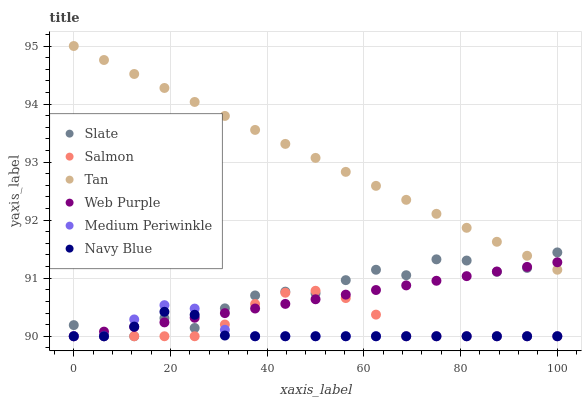
| xaxis_label | Slate | Salmon | Tan | Web Purple | Medium Periwinkle | Navy Blue |
 | --- | --- | --- | --- | --- | --- | --- |
 | 0 | 90.2 | 90 | 95 | 90 | 90 | 90 |
 | 6.25 | 90 | 90 | 94.8 | 90.1 | 90 | 90 |
 | 12.5 | 90 | 90 | 94.5 | 90.2 | 90.3 | 90.2 |
 | 18.8 | 90.3 | 90 | 94.3 | 90.2 | 90.5 | 90.4 |
 | 25 | 90.1 | 90 | 94 | 90.3 | 90.5 | 90.4 |
 | 31.2 | 90.5 | 90.2 | 93.8 | 90.4 | 90.1 | 90 |
 | 37.5 | 90.7 | 90.6 | 93.6 | 90.5 | 90 | 90 |
 | 43.8 | 90.8 | 90.7 | 93.3 | 90.6 | 90 | 90 |
 | 50 | 90.7 | 90.8 | 93.1 | 90.6 | 90 | 90 |
 | 56.2 | 91 | 90.7 | 92.8 | 90.7 | 90 | 90 |
 | 62.5 | 91.1 | 90.4 | 92.6 | 90.8 | 90 | 90 |
 | 68.8 | 91.1 | 90 | 92.4 | 90.9 | 90 | 90 |
 | 75 | 91.3 | 90 | 92.1 | 91 | 90 | 90 |
 | 81.2 | 91.3 | 90 | 91.9 | 91 | 90 | 90 |
 | 87.5 | 91.1 | 90 | 91.6 | 91.1 | 90 | 90 |
 | 93.8 | 91.2 | 90 | 91.4 | 91.2 | 90 | 90 |
 | 100 | 91.4 | 90 | 91.1 | 91.3 | 90 | 90 |